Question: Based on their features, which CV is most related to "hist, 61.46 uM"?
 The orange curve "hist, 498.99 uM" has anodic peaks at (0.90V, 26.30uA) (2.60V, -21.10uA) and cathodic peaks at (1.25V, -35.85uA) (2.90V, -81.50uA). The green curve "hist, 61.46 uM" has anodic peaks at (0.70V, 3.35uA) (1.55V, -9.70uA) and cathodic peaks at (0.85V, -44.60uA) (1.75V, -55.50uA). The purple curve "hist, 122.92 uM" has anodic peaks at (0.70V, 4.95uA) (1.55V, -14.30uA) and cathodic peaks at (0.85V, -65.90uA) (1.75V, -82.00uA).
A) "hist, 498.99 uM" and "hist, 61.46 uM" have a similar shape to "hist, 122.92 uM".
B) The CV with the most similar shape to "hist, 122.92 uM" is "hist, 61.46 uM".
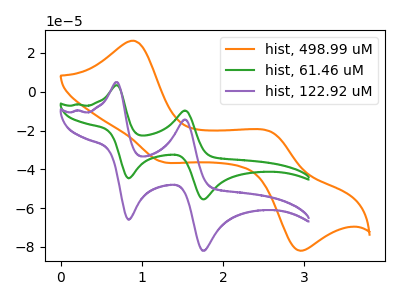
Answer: <think>"hist, 498.99 uM" and "hist, 61.46 uM" have at least one peak that do not match. "hist, 498.99 uM" and "hist, 122.92 uM" have at least one peak that do not match. All the peaks in "hist, 61.46 uM" have a peak in "hist, 122.92 uM" at the same potential.
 </think>
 <answer>B) The CV with the most similar shape to "hist, 122.92 uM" is "hist, 61.46 uM".</answer>
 <eval>B</eval>